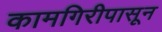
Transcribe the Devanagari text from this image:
कामगिरीपासून